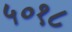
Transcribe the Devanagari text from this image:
५०१८